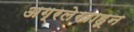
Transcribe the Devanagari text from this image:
अग्रलेखाहून